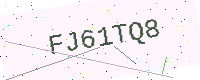
Text: FJ61TQ8